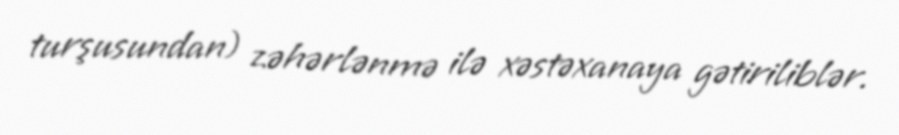
turşusundan) zəhərlənmə ilə xəstəxanaya gətiriliblər.